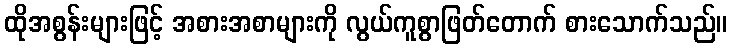
ထိုအစွန်းများဖြင့် အစားအစာများကို လွယ်ကူစွာဖြတ်တောက် စားသောက်သည်။